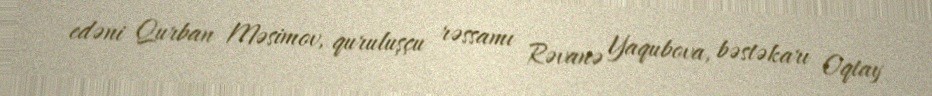
edəni Qurban Məsimov, quruluşçu rəssamı Rəvanə Yaqubova, bəstəkarı Oqtay